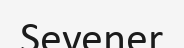
Sevener